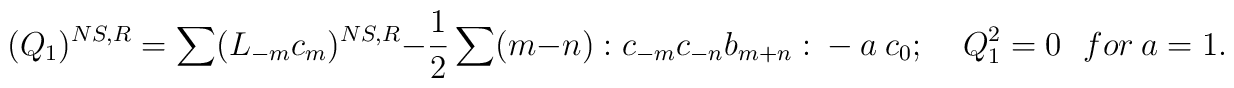
(Q_1)^{NS,R} = \sum (L_{-m}c_m)^{NS,R} -\frac{1}{2}\sum (m-n) : c_{-m}c_{-n}b_{m+n}:~ -~a~ c_0 ;~~~~~Q^2_1=0 ~~~for ~a=1.